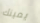
يمينك